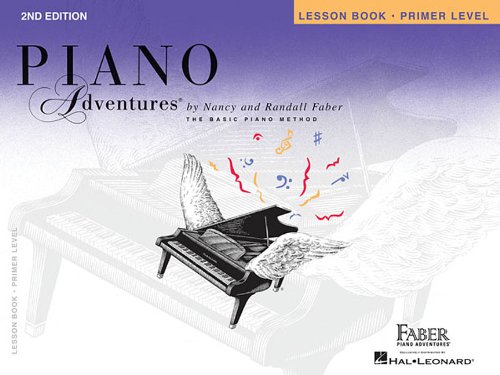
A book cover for Piano Adventures Lesson Book, Primer Level; Humor & Entertainment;